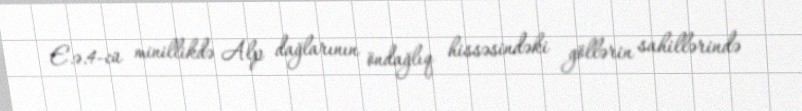
E.ə.4-cü minillikdə Alp dağlarının öndağlıq hissəsindəki göllərin sahillərində